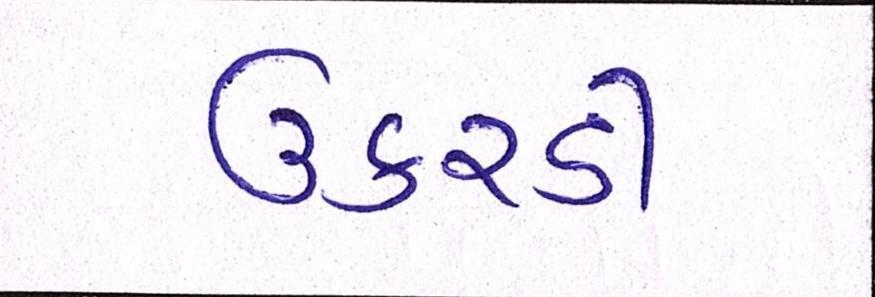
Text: ઉકરડી